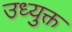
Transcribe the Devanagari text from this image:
उध्युक्त